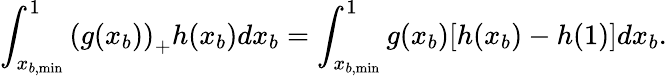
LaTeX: \int_{x_{b,\mathrm{min}}}^{1}{\left(g(x_{b})\right)_{+}h(x_{b})dx_{b}}=\int_{x_{b,\mathrm{min}}}^{1}{g(x_{b})[h(x_{b})-h(1)]dx_{b}}.